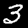
Label: 3